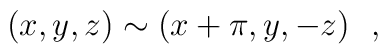
(x,y,z) \sim (x+\pi,y,-z)\ \ ,